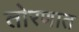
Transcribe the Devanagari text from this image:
तोरणात